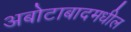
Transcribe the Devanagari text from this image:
अबोटाबादमधील